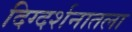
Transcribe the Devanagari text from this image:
दिग्दर्शनातला